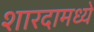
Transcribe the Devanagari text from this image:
शारदामध्ये